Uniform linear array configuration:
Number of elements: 8
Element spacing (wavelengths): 1
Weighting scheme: uniform
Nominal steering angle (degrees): -45
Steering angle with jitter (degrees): -43.078
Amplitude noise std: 0.05
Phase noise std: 0.05

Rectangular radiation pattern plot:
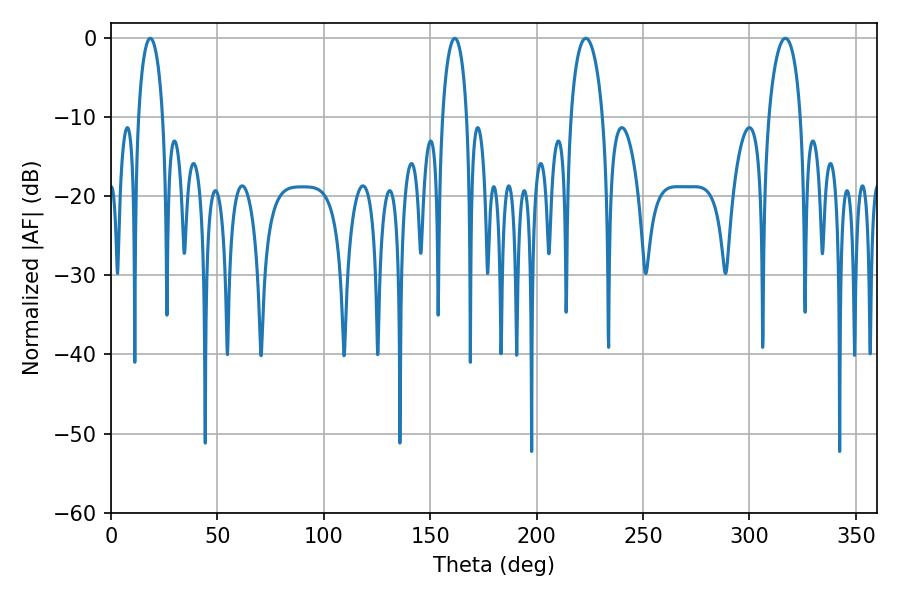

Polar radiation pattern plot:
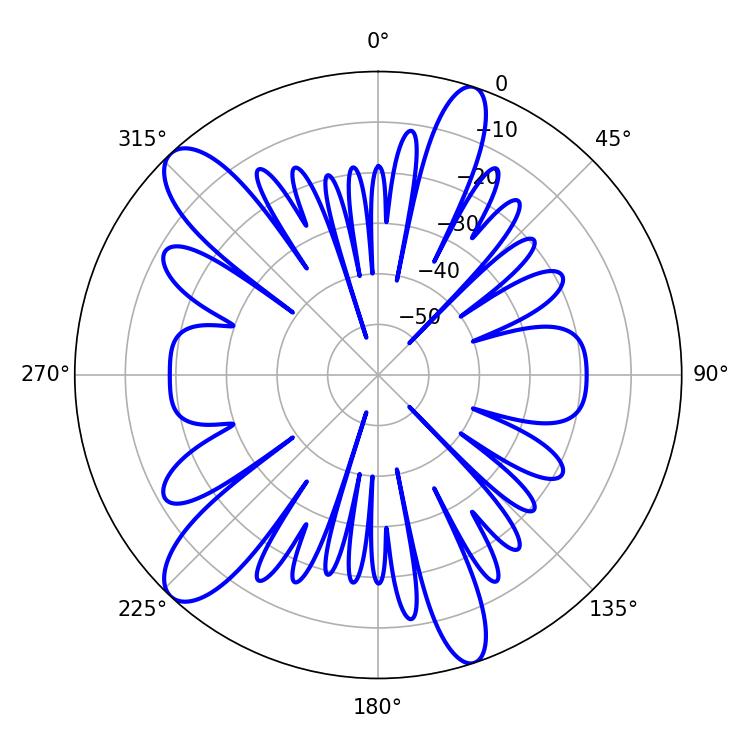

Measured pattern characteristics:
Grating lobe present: TRUE
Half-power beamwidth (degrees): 8.64
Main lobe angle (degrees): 316.8